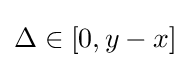
\Delta \in [0,y-x]